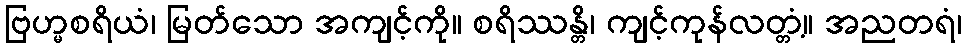
ဗြဟ္မစရိယံ၊ မြတ်သော အကျင့်ကို။ စရိဿန္တိ၊ ကျင့်ကုန်လတ္တံ့။ အညတရံ၊